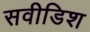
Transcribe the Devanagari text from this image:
सवीडिश